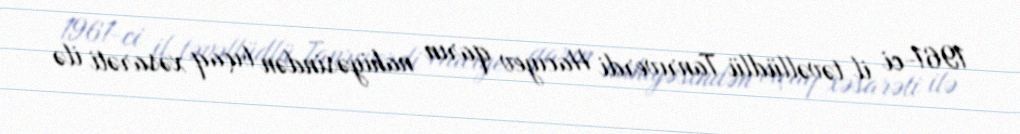
1961-ci il təvəllüdlü Tanrıverdi Hacıyev qarın nahiyəsindən bıçaq xəsarəti ilə